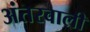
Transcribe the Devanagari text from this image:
अंतरवाली